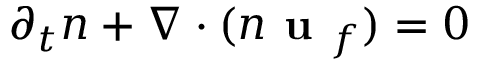
\partial _ { t } n + \nabla \cdot ( n \textbf { u } _ { f } ) = 0